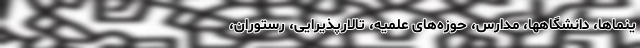
ینماها، دانشگاهها، مدارس، ‌حوزه‌های علمیه، تالارپذیرایی، رستوران،